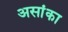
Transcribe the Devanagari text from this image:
असांका